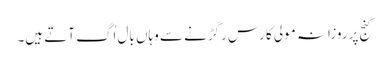
گنج پر روزانہ مولی کا رس رگڑنے سے وہاں بال اُگ آتے ہیں۔